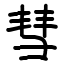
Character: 彗